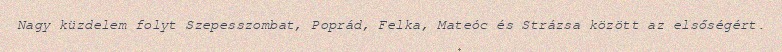
Nagy küzdelem folyt Szepesszombat, Poprád, Felka, Mateóc és Strázsa között az elsőségért.